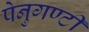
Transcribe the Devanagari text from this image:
पेनुगण्टी